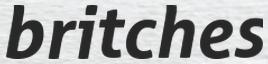
britches